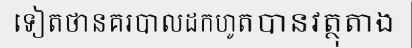
ទៀតថានគរបាលដកហូតបានវត្ថុតាង